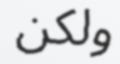
ولكن